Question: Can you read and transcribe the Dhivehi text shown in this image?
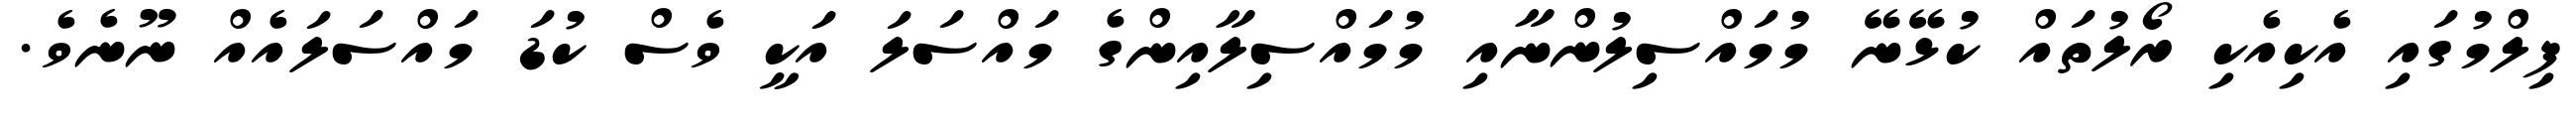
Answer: ފިލްމުގައި އެކިއެކި ރޯލުތައް ކުޅޭނޭ މުމައްސިލުންނާއި މުމައްސިލާއިންގެ މައްސަލަ އަކީ ވެސް ކުޑަ މައްސަލައެއް ނޫނެވެ.